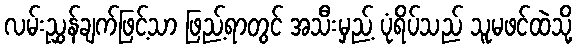
လမ်းညွှန်ချက်ဖြင့်သာ ဖြည့်ရာတွင် အသီးမှည့် ပုံရိပ်သည် သူမဖင်ထဲသို့